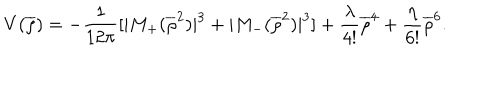
LaTeX: V ( \overline { { { \rho } } } ) = - \frac { 1 } { 1 2 \pi } [ | M _ { + } ( \overline { { { \rho } } } ^ { 2 } ) | ^ { 3 } + | M _ { - } ( \overline { { { \rho } } } ^ { 2 } ) | ^ { 3 } ] + \frac { \lambda } { 4 ! } \overline { { { \rho } } } ^ { 4 } + \frac { \eta } { 6 ! } \overline { { { \rho } } } ^ { 6 } .